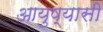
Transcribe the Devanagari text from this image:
आयुष्यासी